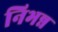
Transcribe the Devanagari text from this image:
निभन्न